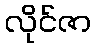
လိုင်ဇာ